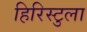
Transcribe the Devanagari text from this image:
हिरिस्टुला